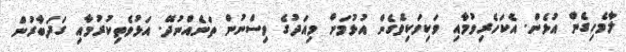
ލާމެހިގެން އުޅެން. އެކަހެރިވުމާއި ވަކިވަކިވެގެން އުޅުމަށް މިއަދުގެ ވިސްނުން ތަނެއްނުދޭ. އަޅުވެތިކުރުމާއި ގަދަބާރުން